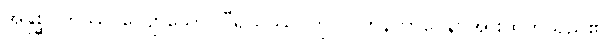
အနုစ္ဆဝိကဿ၊ လျော်သော။ ဝီရိယဿ၊ ကို။ ဝါဟနဘာဝေန၊ အားထုတ်သည်၏